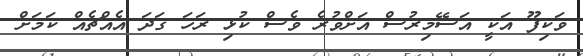
ވަކިފޫ އަކީ އަސޭމިރުސް އަށްވުރެ ވެސް ކުޅި ރަހަ ގަދަ އެއްޗެއް ކަމަށް